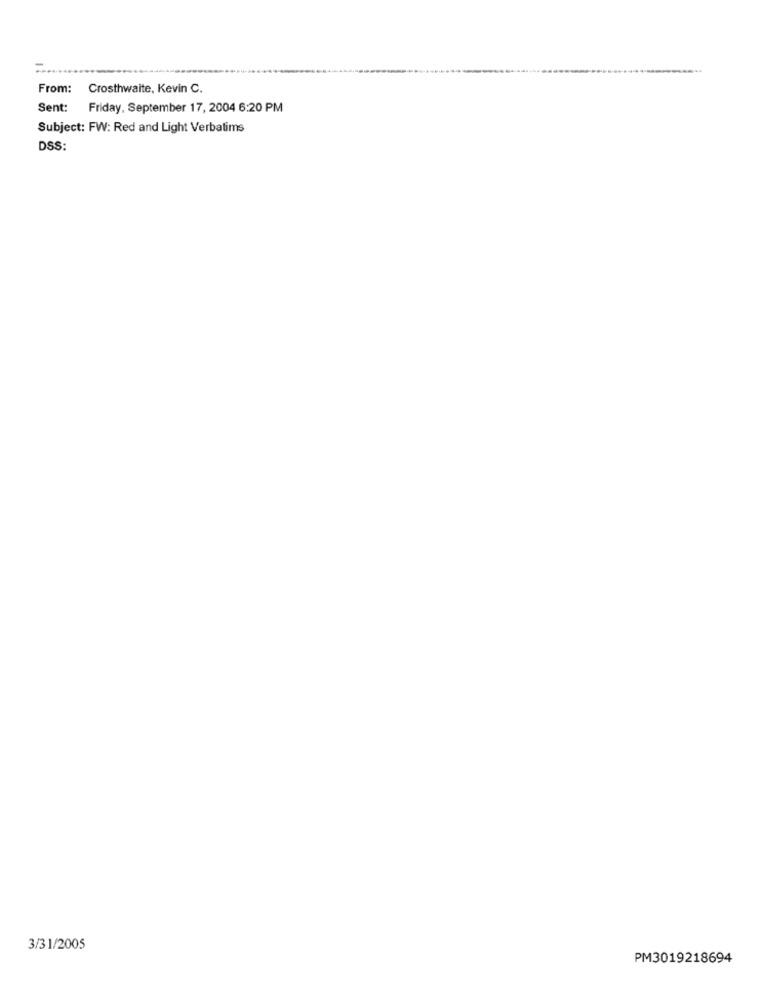
From:
Crosthwaite, Kevin C.
Sent: Friday, September 17, 2004 6:20 PM
Subject: FW: Red and Light Verbatims
DSS:
3/31/2005
PM3019218694